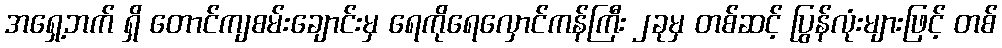
အရှေ့ဘက် ရှိ တောင်ကျစမ်းချောင်းမှ ရေကိုရေလှောင်ကန်ကြီး ၂ခုမှ တစ်ဆင့် ပြွန်လုံးများဖြင့် တစ်